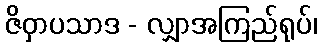
ဇိဝှာပသာဒ - လျှာအကြည်ရုပ်၊